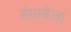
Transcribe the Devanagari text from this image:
बंधायेला